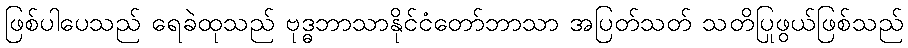
ဖြစ်ပါပေသည် ရေခဲထုသည် ဗုဒ္ဓဘာသာနိုင်ငံတော်ဘာသာ အပြတ်သတ် သတိပြုဖွယ်ဖြစ်သည်